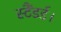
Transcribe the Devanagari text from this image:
स्टैंडर्ड।